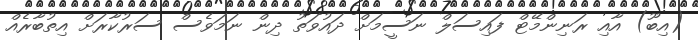
(އިބޫ) އާއި ރަނިންމޭޓް ފައިސަލް ނަސީމަށް ދައުވަތު ދިން ނަމަވެސް ސަރުކާރަށް އިތުބާރެއް